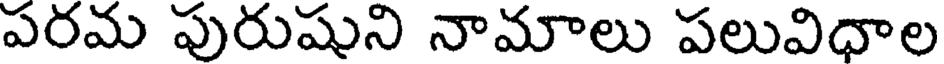
పరమ పురుషుని నామాలు పలువిధాల